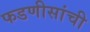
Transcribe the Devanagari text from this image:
फडणीसांची